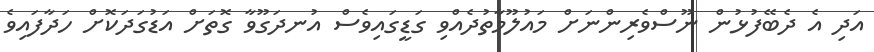
އަދި އެ ދެބޭފުޅުން ނޫސްވެރިންނަށް މައުލޫމާތުދެއްވި ގަޑީގައިވެސް އުނދަގޫވާ ގޮތަށް އަޑުގަދަކޮށް ހަދާފައިވެ